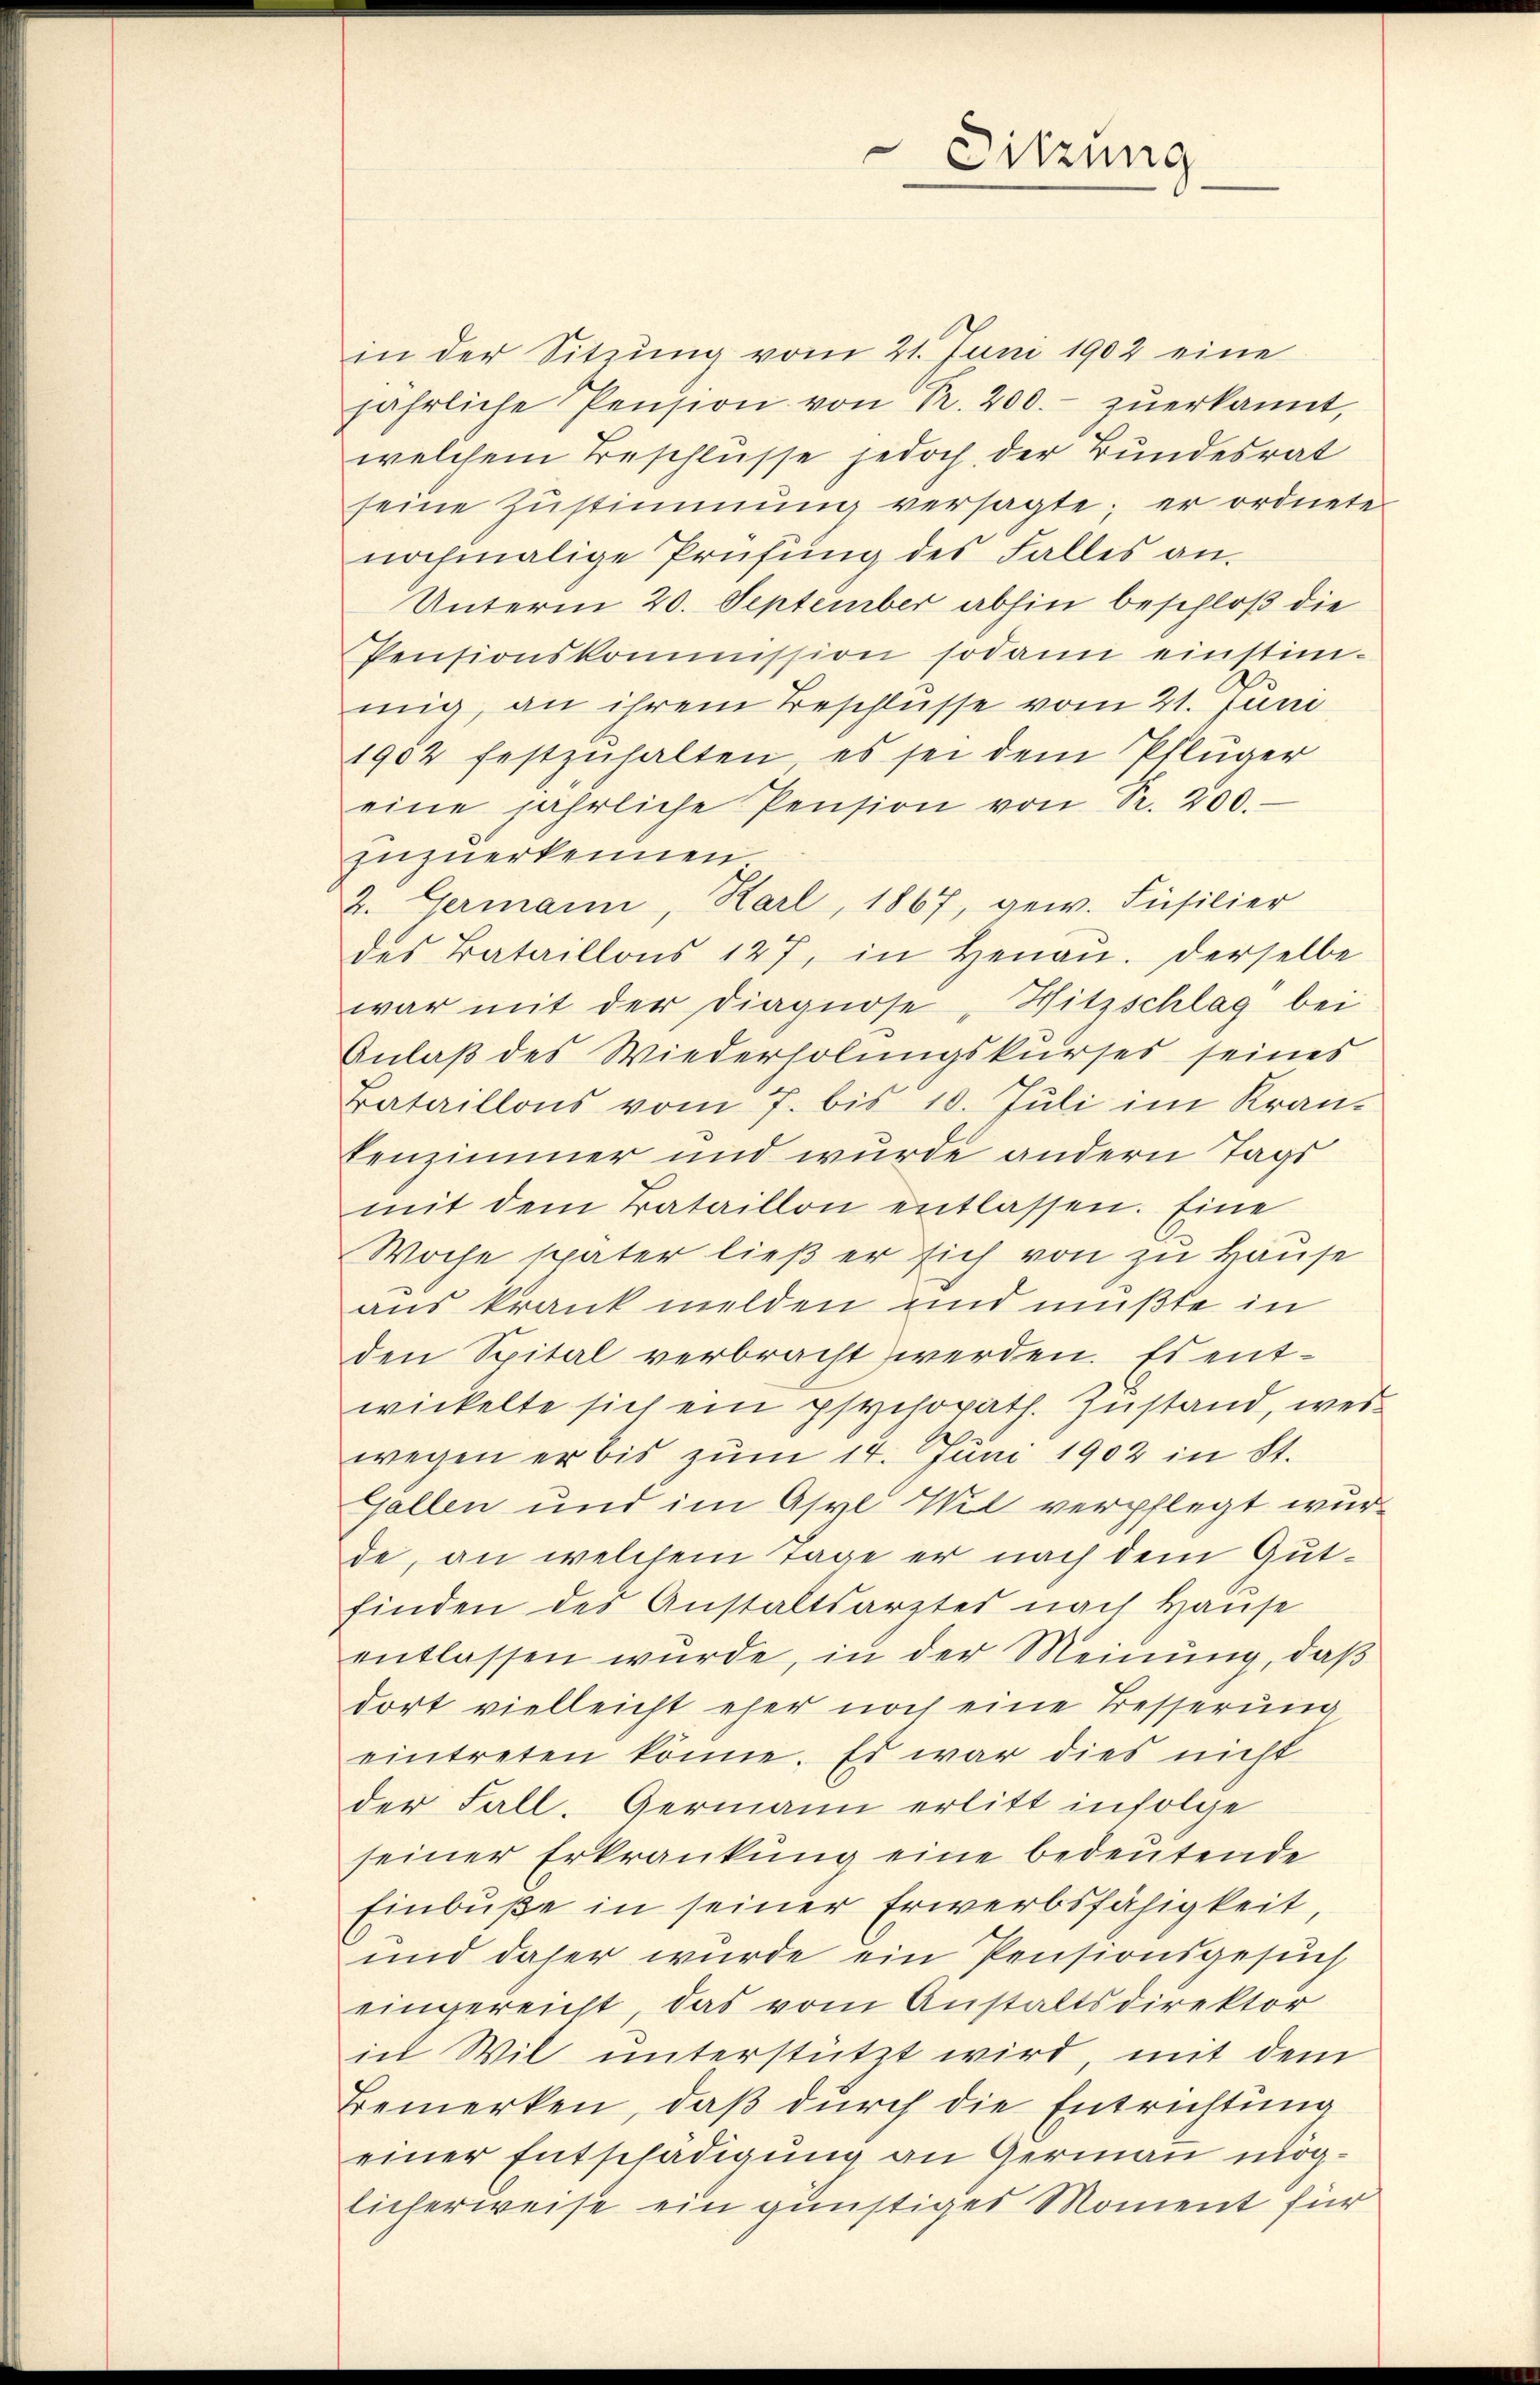
in der Sitzung vom 21. Juni 1902 eine
jährliche Pension von Pr. 200.- zŭerkannt,
welchem Beschlüsse jedoch der Bundesrat
seine Zŭstimmung versagte; er ordnete
nochmalige Prüfung des Falles an.
Unterm 20. September abhin beschloß die
Pensionskommission sodann einstim-
mig, an ihrem Beschlüsse vom 21. Juni
1902 festzŭhalten, es sei dem Pflüger
eine jährliche Pension von Fr. 200.
zuzuerkennen
2. Germann, Karl, 1867, gew. Füsilier
des Bataillons 127, in Henaŭ. Derselbe
war mit der Diagnose, Witzschlag bei
Anlaß des Wiederholungskurses seines
Bataillons vom 7. bis 10. Juli im Kran-
tenzimmer und wurde andern Tags
mit dem Bataillon entlassen. Eine
Woche später ließ er sich von zu Hause
aus krank melden und müßte in
den Spital verbracht werden. Es entwickelte sich ein psychorath. Zustand, wes
wegen er bis zum 14. Juni 1902 in St.
Gallen und im Asyl Wil verpflegt wurde, an welchem Tage er nach dem Gutfinden des Anstaltsarztes nach Hause
entlassen wurde, in der Meinung, daß
dort vielleicht eher noch eine Besserung
eintreten könne. Es war dies nicht
der Fall. Germann erlitt infolge
seiner Erkrankung eine bedeutende
Einbuße in seiner Erwerbsfähigkeit,
und daher wurde ein Pensionsgesuch
eingereicht, das vom Anstaltsdirektor
in Wil unterstützt wird, mit dem
Bemerken, daß durch die Entrichtung
einer Entschädigung an Germann möglicherweise ein günstiges Moment für

Sitzung